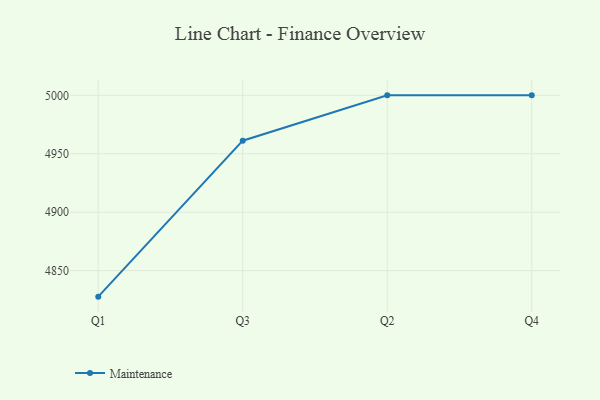
{"axis": {"x": "Quarter", "y": "Website Visitors"}, "legend": ["Maintenance"], "data": [{"x": "Q1", "y": 4827.7, "type": "Maintenance"}, {"x": "Q3", "y": 4961.2, "type": "Maintenance"}, {"x": "Q2", "y": 5000, "type": "Maintenance"}, {"x": "Q4", "y": 5000, "type": "Maintenance"}]}